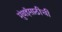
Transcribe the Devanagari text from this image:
मुंबईसाठीची